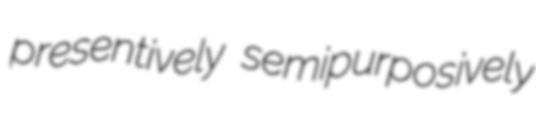
presentively semipurposively